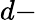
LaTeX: d-